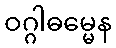
ဝဂ္ဂါဓမ္မေန